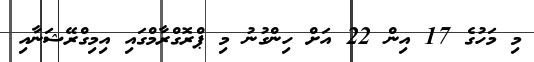
މި މަހުގެ 17 އިން 22 އަށް ހިންގުނު މި ޕްރޮގްރާމްގައި އިމިގްރޭޝަނާއި